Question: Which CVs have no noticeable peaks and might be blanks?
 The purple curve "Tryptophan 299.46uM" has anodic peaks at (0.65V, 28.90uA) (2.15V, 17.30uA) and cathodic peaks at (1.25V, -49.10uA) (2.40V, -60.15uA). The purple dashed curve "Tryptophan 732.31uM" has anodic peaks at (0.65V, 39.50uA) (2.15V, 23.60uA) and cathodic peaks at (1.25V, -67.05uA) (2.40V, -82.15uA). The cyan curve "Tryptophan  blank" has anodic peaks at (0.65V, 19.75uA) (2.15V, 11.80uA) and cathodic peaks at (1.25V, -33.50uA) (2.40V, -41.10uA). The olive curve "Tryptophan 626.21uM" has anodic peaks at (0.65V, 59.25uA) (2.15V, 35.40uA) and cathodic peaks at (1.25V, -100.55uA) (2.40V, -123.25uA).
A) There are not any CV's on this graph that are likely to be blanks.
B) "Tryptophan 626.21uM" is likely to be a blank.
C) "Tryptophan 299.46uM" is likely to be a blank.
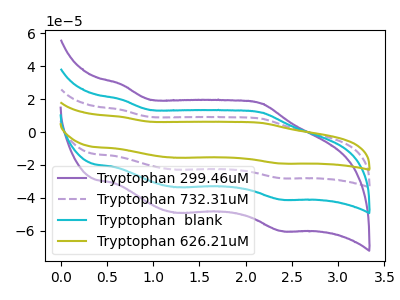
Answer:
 <answer>A) There are not any CV's on this graph that are likely to be blanks.</answer>
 <eval>A</eval>